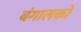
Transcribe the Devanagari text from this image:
बंगालको